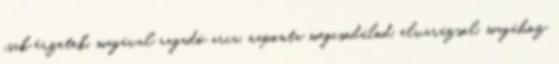
csak érzetek, magával ragadó arca, naponta megcsodálod, elvarázsol, magához